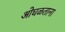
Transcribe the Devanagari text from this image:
ओघळताना